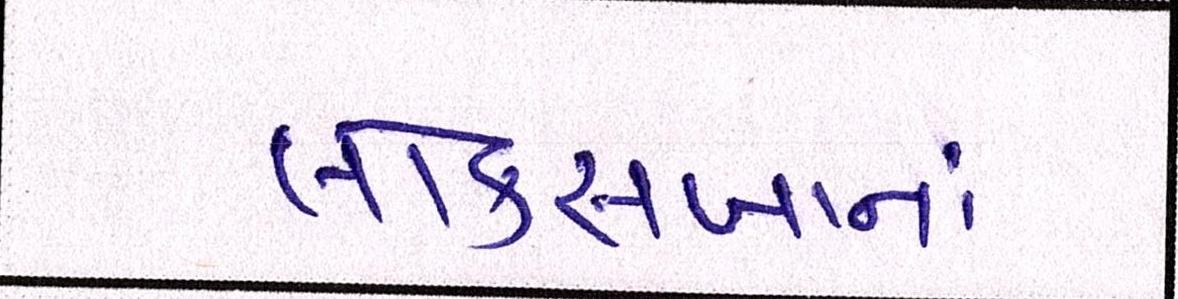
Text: લોકસબાનાં